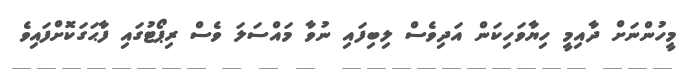
މީހުންނަށް ދާއިމީ ހިޔާވަހިކަން އަދިވެސް ލިބިފައި ނުވާ މައްސަލަ ވެސް ރިޕޯޓުގައި ފާޙަގަކޮށްފައިވެ